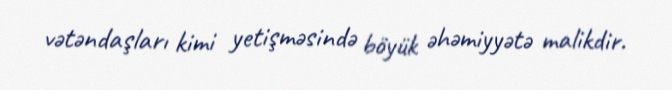
vətəndaşları kimi yetişməsində böyük əhəmiyyətə malikdir.